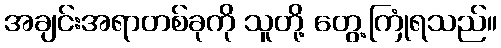
အချင်းအရာတစ်ခုကို သူတို့ တွေ့ကြုံရသည်။